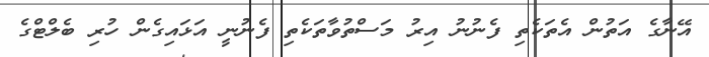
އޭނާގެ އަތުން އެތަކެތި ފެނުނު އިރު މަސްތުވާތަކެތި ފެނުނީ އަޅައިގެން ހުރި ބެލްޓްގެ